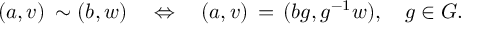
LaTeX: ( a , v ) \: \sim ( b , w ) \quad \Leftrightarrow \quad ( a , v ) \, = \, ( b g , g ^ { - 1 } w ) , \quad g \in G .